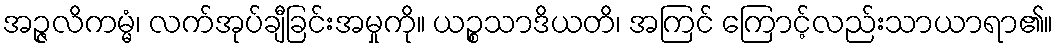
အဉ္ဇလိကမ္မံ၊ လက်အုပ်ချီခြင်းအမှုကို။ ယဉ္စသာဒိယတိ၊ အကြင် ကြောင့်လည်းသာယာရာ၏။